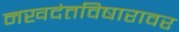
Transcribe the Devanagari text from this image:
नखदंतविषारावर